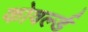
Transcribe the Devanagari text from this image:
कोवर्ल्ड